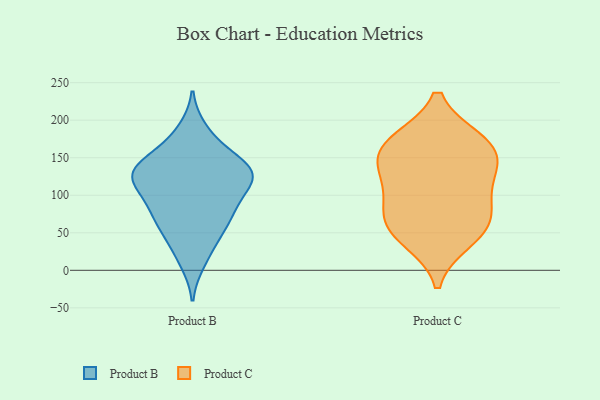
{"axis": {"x": "Net Income (USD K)", "y": "Value"}, "legend": ["Product B", "Product C"], "data": [{"x": "", "y": 169, "type": "Product B"}, {"x": "", "y": 144, "type": "Product B"}, {"x": "", "y": 126, "type": "Product B"}, {"x": "", "y": 134, "type": "Product B"}, {"x": "", "y": 76, "type": "Product B"}, {"x": "", "y": 33, "type": "Product B"}, {"x": "", "y": 120, "type": "Product B"}, {"x": "", "y": 129, "type": "Product B"}, {"x": "", "y": 11, "type": "Product B"}, {"x": "", "y": 187, "type": "Product B"}, {"x": "", "y": 144, "type": "Product B"}, {"x": "", "y": 128, "type": "Product B"}, {"x": "", "y": 58, "type": "Product B"}, {"x": "", "y": 98, "type": "Product B"}, {"x": "", "y": 57, "type": "Product B"}, {"x": "", "y": 93, "type": "Product B"}, {"x": "", "y": 121, "type": "Product B"}, {"x": "", "y": 78, "type": "Product B"}, {"x": "", "y": 134, "type": "Product C"}, {"x": "", "y": 60, "type": "Product C"}, {"x": "", "y": 41, "type": "Product C"}, {"x": "", "y": 121, "type": "Product C"}, {"x": "", "y": 92, "type": "Product C"}, {"x": "", "y": 167, "type": "Product C"}, {"x": "", "y": 145, "type": "Product C"}, {"x": "", "y": 54, "type": "Product C"}, {"x": "", "y": 172, "type": "Product C"}, {"x": "", "y": 79, "type": "Product C"}, {"x": "", "y": 170, "type": "Product C"}]}